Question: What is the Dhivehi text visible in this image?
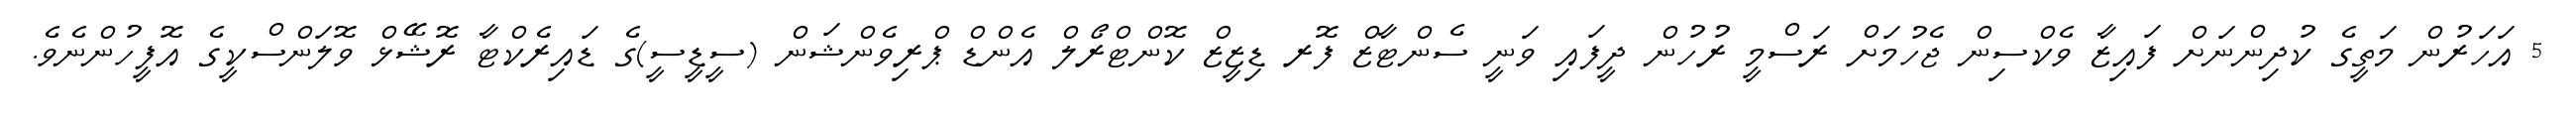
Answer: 5 އަހަރުން މަތީގެ ކުދިންނަށް ފައިޒާ ވެކްސިން ޖެހުމަށް ރަސްމީ ރުހުން ދީފައި ވަނީ ސެންޓާޒް ފޮރ ޑިޒީޒް ކޮންޓްރޯލް އެންޑް ޕްރިވެންޝަން (ސީޑީސީ)ގެ ޑައިރެކްޓާ ރޮޝޭޅް ވޮލަންސްކީގެ އޮފީހުންނެވެ.